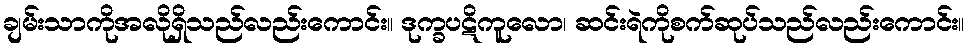
ချမ်းသာကိုအလိုရှိသည်လည်းကောင်း။ ဒုက္ခပဋိကူလော၊ ဆင်းရဲကိုစက်ဆုပ်သည်လည်းကောင်း။